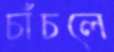
চাঁচলে